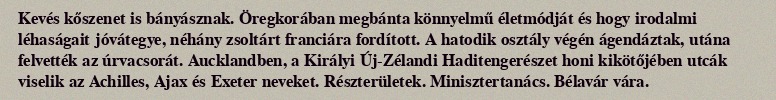
Kevés kőszenet is bányásznak. Öregkorában megbánta könnyelmű életmódját és hogy irodalmi léhaságait jóvátegye, néhány zsoltárt franciára fordított. A hatodik osztály végén ágendáztak, utána felvették az úrvacsorát. Aucklandben, a Királyi Új-Zélandi Haditengerészet honi kikötőjében utcák viselik az Achilles, Ajax és Exeter neveket. Részterületek. Minisztertanács. Bélavár vára.